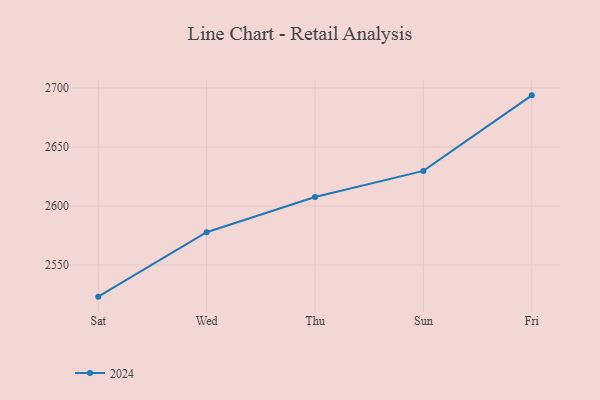
{"axis": {"x": "Day", "y": "Population (Million)"}, "legend": ["2024"], "data": [{"x": "Sat", "y": 2523.2, "type": "2024"}, {"x": "Wed", "y": 2577.8, "type": "2024"}, {"x": "Thu", "y": 2607.6, "type": "2024"}, {"x": "Sun", "y": 2629.7, "type": "2024"}, {"x": "Fri", "y": 2693.7, "type": "2024"}]}